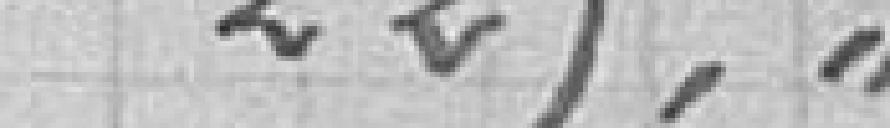
225,"